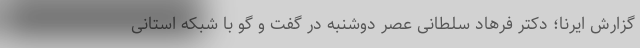
گزارش ایرنا؛ دکتر فرهاد سلطانی عصر دوشنبه در گفت و گو با شبکه استانی